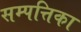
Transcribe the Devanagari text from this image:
सम्पत्तिका